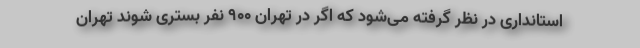
استانداری در نظر گرفته می‌شود که اگر در تهران ۹۰۰ نفر بستری شوند تهران